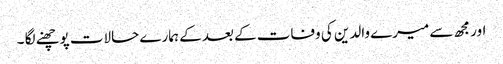
اور مجھ سے میرے والدین کی وفات کے بعد کے ہمارے حالات پوچھنے لگا ۔